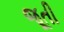
જૂતી